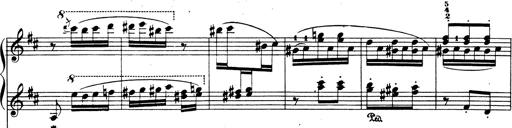
Title: Rhapsodie espagnole
Composer: Franz Liszt